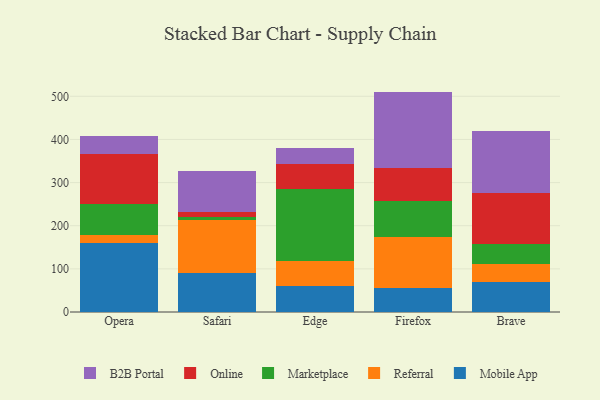
{"axis": {"x": "Browser", "y": "Website Visitors"}, "legend": ["B2B Portal", "Marketplace", "Mobile App", "Online", "Referral"], "data": [{"x": "Opera", "y": 159.4, "type": "Mobile App"}, {"x": "Opera", "y": 18.7, "type": "Referral"}, {"x": "Opera", "y": 72.8, "type": "Marketplace"}, {"x": "Opera", "y": 116.5, "type": "Online"}, {"x": "Opera", "y": 41.6, "type": "B2B Portal"}, {"x": "Safari", "y": 89.5, "type": "Mobile App"}, {"x": "Safari", "y": 122.9, "type": "Referral"}, {"x": "Safari", "y": 8.6, "type": "Marketplace"}, {"x": "Safari", "y": 11.2, "type": "Online"}, {"x": "Safari", "y": 93.9, "type": "B2B Portal"}, {"x": "Edge", "y": 60.9, "type": "Mobile App"}, {"x": "Edge", "y": 57.1, "type": "Referral"}, {"x": "Edge", "y": 167.0, "type": "Marketplace"}, {"x": "Edge", "y": 57.0, "type": "Online"}, {"x": "Edge", "y": 38.6, "type": "B2B Portal"}, {"x": "Firefox", "y": 55.9, "type": "Mobile App"}, {"x": "Firefox", "y": 118.7, "type": "Referral"}, {"x": "Firefox", "y": 82.4, "type": "Marketplace"}, {"x": "Firefox", "y": 76.3, "type": "Online"}, {"x": "Firefox", "y": 177.6, "type": "B2B Portal"}, {"x": "Brave", "y": 70.5, "type": "Mobile App"}, {"x": "Brave", "y": 41.1, "type": "Referral"}, {"x": "Brave", "y": 46.7, "type": "Marketplace"}, {"x": "Brave", "y": 117.2, "type": "Online"}, {"x": "Brave", "y": 144.8, "type": "B2B Portal"}]}